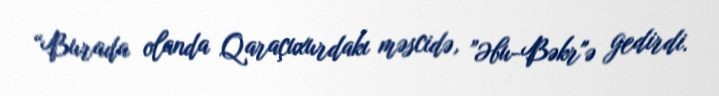
“Burada olanda Qaraçuxurdakı məscidə, ”Əbu-Bəkr"ə gedirdi.